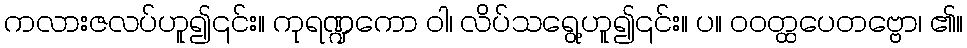
ကလားဇလပ်ဟူ၍၎င်း။ ကုရဏ္ဍကော ဝါ၊ လိပ်သရွေ့ဟူ၍၎င်း။ ပ။ ဝဝတ္ထပေတဗ္ဗော၊ ၏။